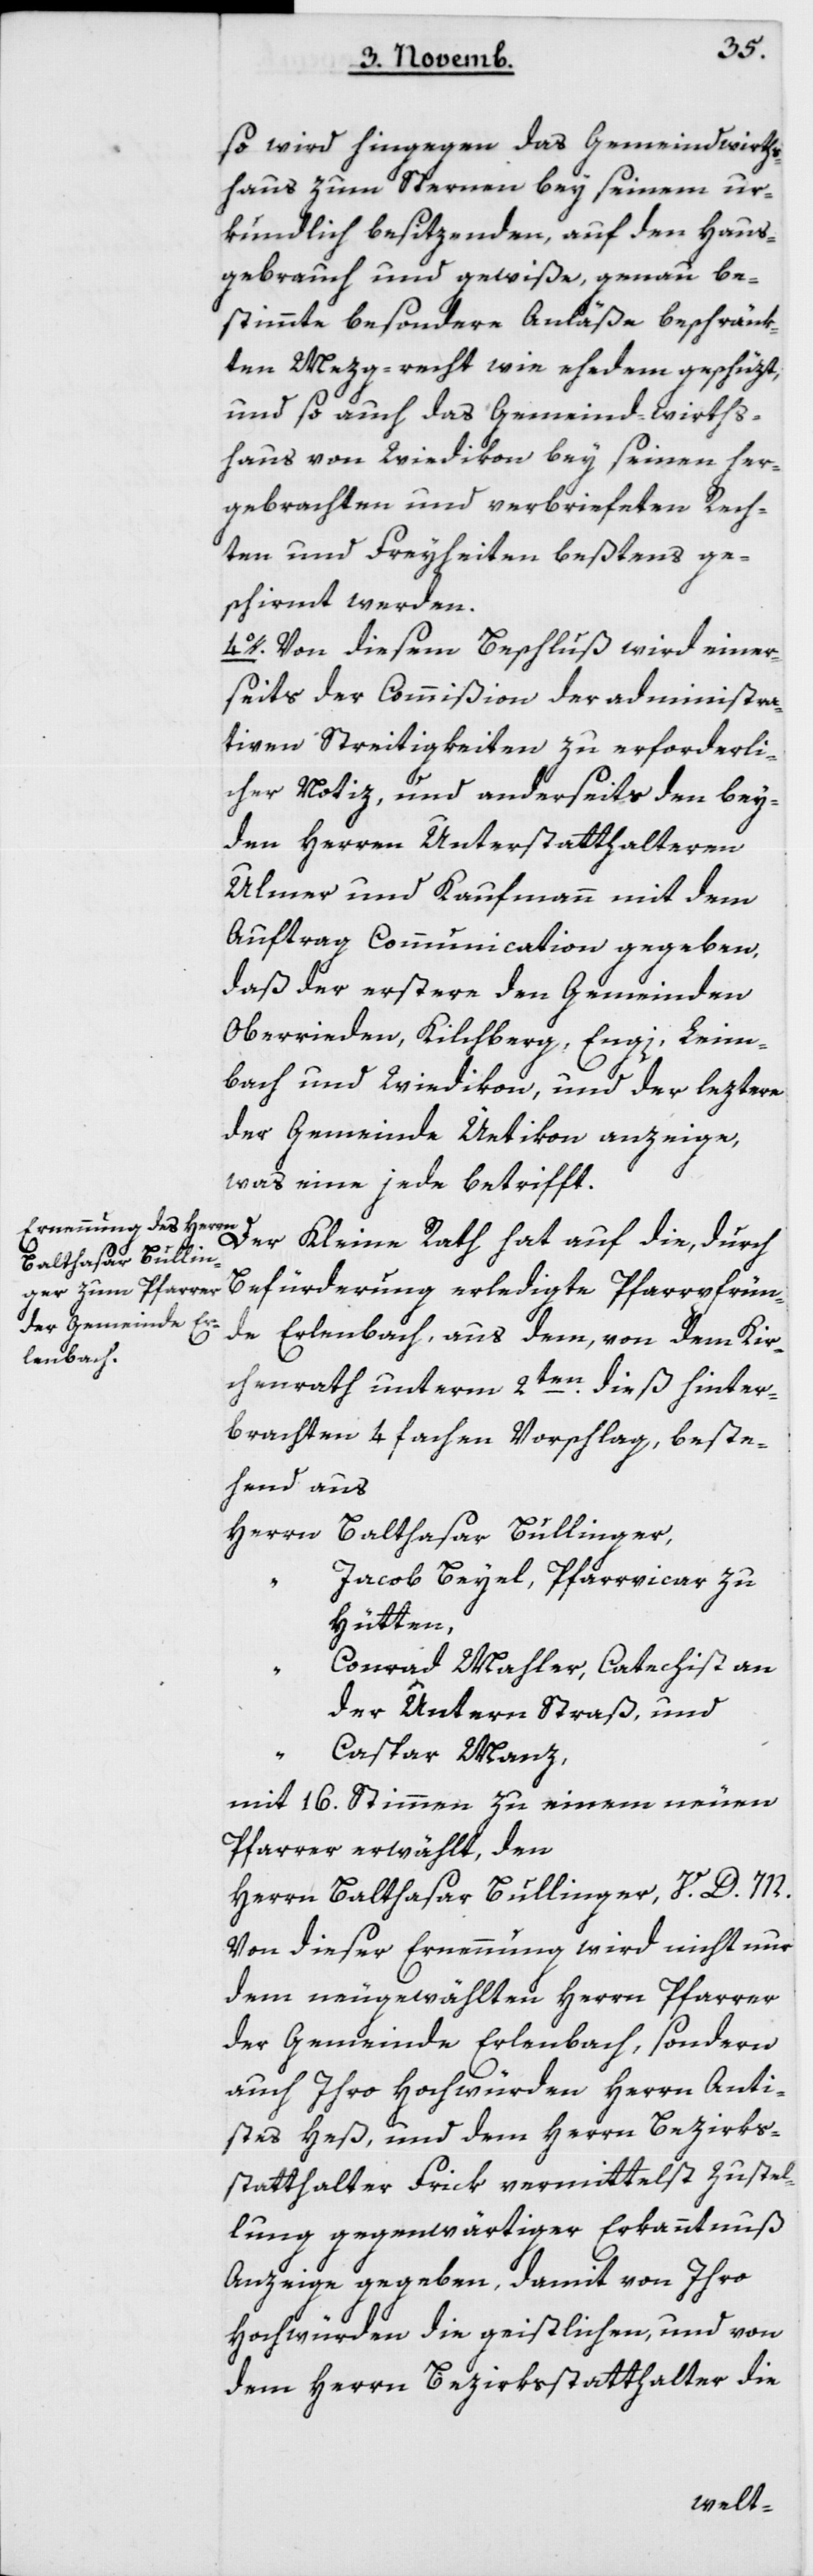
so wird hingegen das Gemeindwirths¬
haus zum Sternen bey seinem ur¬
kundlich besitzenden, auf den Haus¬
gebrauch und gewiße, genau be¬
stimmte besondere Anläße beschränk¬
ten Mezg-recht wie ehedem geschützt,
und so auch das Gemeindwirths¬
haus von Wiedikon bey seinen her¬
gebrachten und verbriefeten Rech¬
ten und Freyheiten beßtens ge¬
schirmt werden.
4. Von diesem Beschluß wird einer¬
seits der Commißion der administra¬
tiven Streitigkeiten zu erforderli¬
cher Notiz und anderseits den bei¬
den Herren Unterstatthalteren
Ulmer und Kaufmann mit dem
Auftrag Communication gegeben,
daß der Erstere den Gemeinden
Oberrieden, Kilchberg, Engi, Leim¬
bach und Wiedikon, und der leztere
der Gemeinde Uetikon anzeige,
was eine jede betrifft.
Der Kleine Rath hat auf die, durch
Befürderung erledigte Pfarrpfrün¬
de Erlenbach, aus dem, von dem Kir¬
chenrath unterm 2ten dieß hinter¬
brachten 4 fachen Vorschlag, beste¬
hend aus
Herrn Balthasar Bullinger;
Jacob Beyel, Pfarrvicar zu
Hütten;
Conrad Mahler, Catechist an
der Untern Straß; und
Caspar Manz;
mit 16 Stimmen zu einem neuen
Pfarrer erwählt, den
Herrn Balthasar Bullinger, V.D.M.
Von dieser Ernennung wird nicht nur
dem neugewählten Herrn Pfarrer
der Gemeinde Erlenbach, sondern
auch Ihro Hochwürden Herrn Anti¬
stes Heß und dem Herrn Bezirks¬
statthalter Frik vermittelst Zustel¬
lung gegenwärtiger Erkanntnuß
Anzeige gegeben, damit von Ihro
Hochwürden die Geistlichen, und von
dem Herrn Bezirksstatthalter die